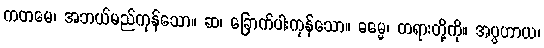
ကတမေ၊ အဘယ်မည်ကုန်သော။ ဆ၊ ခြောက်ပါးကုန်သော။ ဓမ္မေ၊ တရားတို့ကို။ အပ္ပဟာယ၊